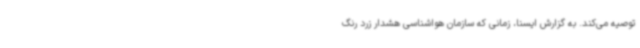
توصیه می‌کند. به گزارش ایسنا، زمانی که سازمان هواشناسی هشدار زرد رنگ